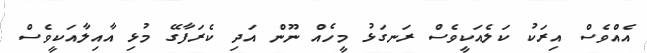
އެއްވެެސް އިރަކު ކަލެއަކީވެސް ރަނގަޅު މީހެއް ނޫން އަދި ކެރަފާގޭ މުޅި އާއިލާއަކީވެސް